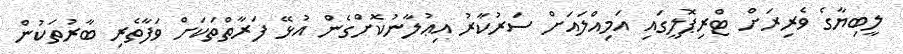
ލީބިޔާގެ ވެރިރަށް ޓްރިޕޮލީގައި އަމިއްލައަށް ސަރުކާރު އިޢުލާނުކޮށްގެން އުޅޭ ފަރާތްތަކަށް ވަފާތެރި ބާރުތަކުން